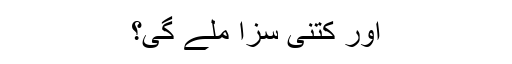
اور کتنی سزا ملے گی؟